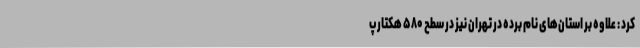
کرد : علاوه بر استان‌های نام برده در تهران نیز در سطح ۵۸۰ هکتار پ